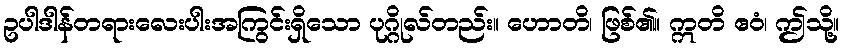
ဥပါဒါန်တရားလေးပါးအကြွင်းရှိသော ပုဂ္ဂိုလ်တည်း။ ဟောတိ၊ ဖြစ်၏။ ဣတိ ဧဝံ၊ ဤသို့။